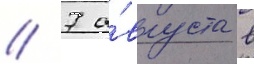
// 7 а́вгуста в